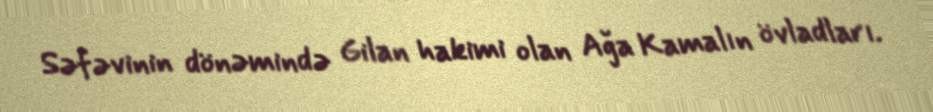
Səfəvinin dönəmində Gilan hakimi olan Ağa Kamalın övladları.